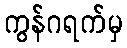
ကွန်ဂရက်မှ